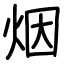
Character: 烟